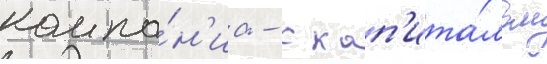
компа́н'иа - с кап'ита́лом